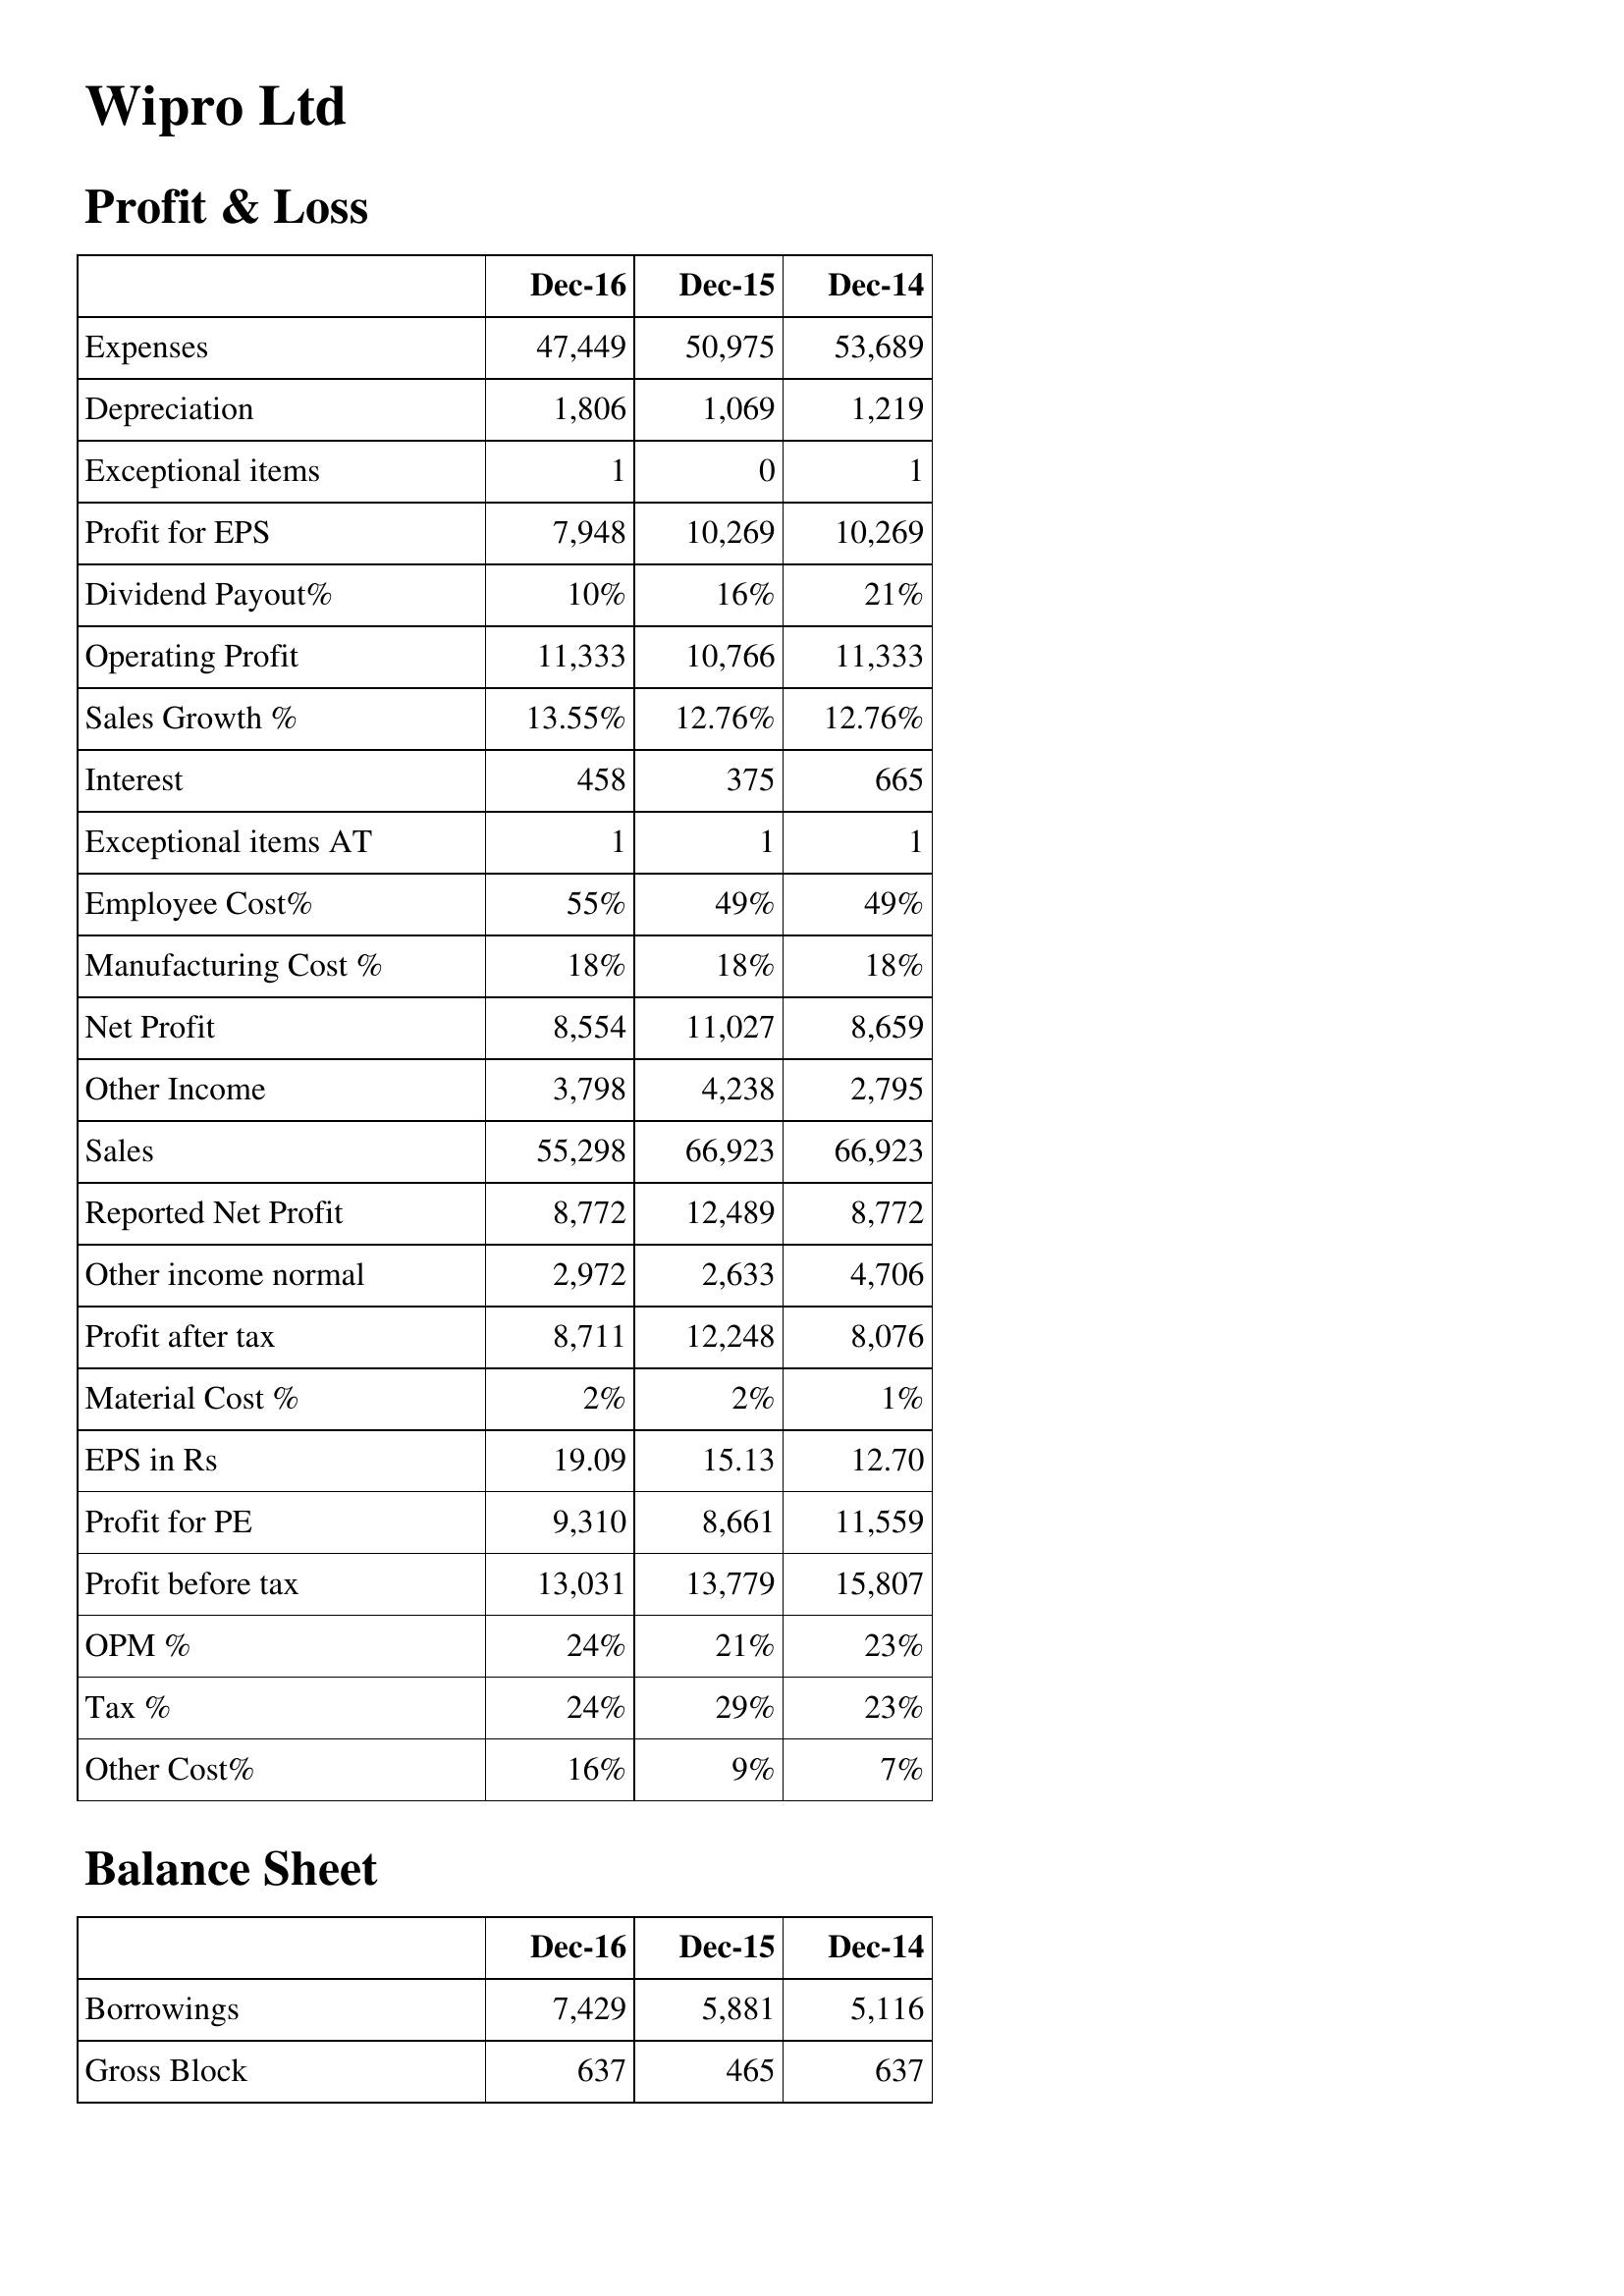
Dec-16: Profit & Loss: Expenses: 47,449
Depreciation: 1,806
Exceptional items: 1
Profit for EPS: 7,948
Dividend Payout%: 10%
Operating Profit: 11,333
Sales Growth %: 13.55%
Interest: 458
Exceptional items AT: 1
Employee Cost%: 55%
Manufacturing Cost %: 18%
Net Profit: 8,554
Other Income: 3,798
Sales: 55,298
Reported Net Profit: 8,772
Other income normal: 2,972
Profit after tax: 8,711
Material Cost %: 2%
EPS in Rs: 19.09
Profit for PE: 9,310
Profit before tax: 13,031
OPM %: 24%
Tax %: 24%
Other Cost%: 16%
Balance Sheet: Borrowings: 7,429
Gross Block: 637
Dec-15: Profit & Loss: Expenses: 50,975
Depreciation: 1,069
Exceptional items: 0
Profit for EPS: 10,269
Dividend Payout%: 16%
Operating Profit: 10,766
Sales Growth %: 12.76%
Interest: 375
Exceptional items AT: 1
Employee Cost%: 49%
Manufacturing Cost %: 18%
Net Profit: 11,027
Other Income: 4,238
Sales: 66,923
Reported Net Profit: 12,489
Other income normal: 2,633
Profit after tax: 12,248
Material Cost %: 2%
EPS in Rs: 15.13
Profit for PE: 8,661
Profit before tax: 13,779
OPM %: 21%
Tax %: 29%
Other Cost%: 9%
Balance Sheet: Borrowings: 5,881
Gross Block: 465
Dec-14: Profit & Loss: Expenses: 53,689
Depreciation: 1,219
Exceptional items: 1
Profit for EPS: 10,269
Dividend Payout%: 21%
Operating Profit: 11,333
Sales Growth %: 12.76%
Interest: 665
Exceptional items AT: 1
Employee Cost%: 49%
Manufacturing Cost %: 18%
Net Profit: 8,659
Other Income: 2,795
Sales: 66,923
Reported Net Profit: 8,772
Other income normal: 4,706
Profit after tax: 8,076
Material Cost %: 1%
EPS in Rs: 12.70
Profit for PE: 11,559
Profit before tax: 15,807
OPM %: 23%
Tax %: 23%
Other Cost%: 7%
Balance Sheet: Borrowings: 5,116
Gross Block: 637